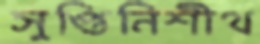
সুপ্তিনিশীথ